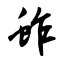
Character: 蚱